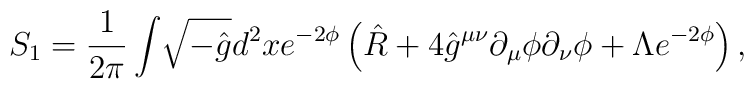
S_{1}=\frac{1}{2\pi}\int\! \sqrt{-\hat{g}} d^{2}x      e^{-2\phi}\left(\hat{R}+4\hat{g}^{\mu\nu}     \partial_{\mu}\phi\partial_{\nu}\phi     +\Lambda e^{-2\phi}\right),